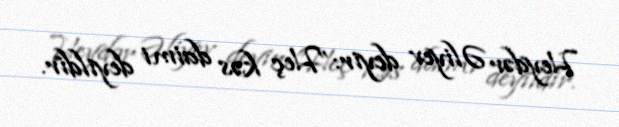
Heydər Əliyev deyir:”Heç kəs daimi deyildir.